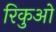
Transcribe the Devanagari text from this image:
रिकुओ